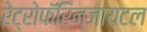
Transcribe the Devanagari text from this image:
रेट्रोफॅरिन्जायटल